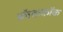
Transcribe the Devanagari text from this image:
ब्लॅककॉक